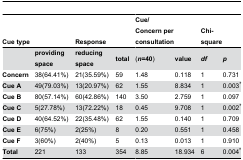
| Cue type |  | Response |  | Cue/Concern per consultation |  | Chi-square |  |
 | --- | --- | --- | --- | --- | --- | --- | --- |
 |  | providing space | reducing space | total | (n=40) | value | df | p |
 | Concern | 38(64.41%) | 21(35.59%) | 59 | 1.48 | 0.118 | 1 | 0.731 |
 | Cue A | 49(79.03%) | 13(20.97%) | 62 | 1.55 | 8.834 | 1 | 0.003* |
 | Cue B | 80(57.14%) | 60(42.86%) | 140 | 3.50 | 2.759 | 1 | 0.097 |
 | Cue C | 5(27.78%) | 13(72.22%) | 18 | 0.45 | 9.708 | 1 | 0.002* |
 | Cue D | 40(64.52%) | 22(35.48%) | 62 | 1.55 | 0.140 | 1 | 0.709 |
 | Cue E | 6(75%) | 2(25%) | 8 | 0.20 | 0.551 | 1 | 0.458 |
 | Cue F | 3(60%) | 2(40%) | 5 | 0.13 | 0.013 | 1 | 0.910 |
 | Total | 221 | 133 | 354 | 8.85 | 18.934 | 6 | 0.004* |